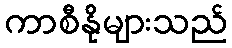
ကာစီနိုများသည်